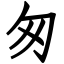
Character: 匆